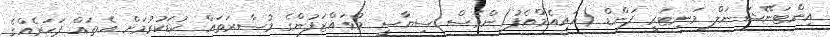
އިންޓަނޭޝަނަލް މަނިޓަރީ ފަންޑް (އައިއެމްއެފު)ންވެސް ސިޔާސީ މުވައްޒަފުންގެ މުސާރަތައް ކުޑަކުރުމަށް އެތައް ފަހަރެއްގެ